65_HS1-834228961_62-HQ-83894_Serial_438
Agency: FBI
Page 38
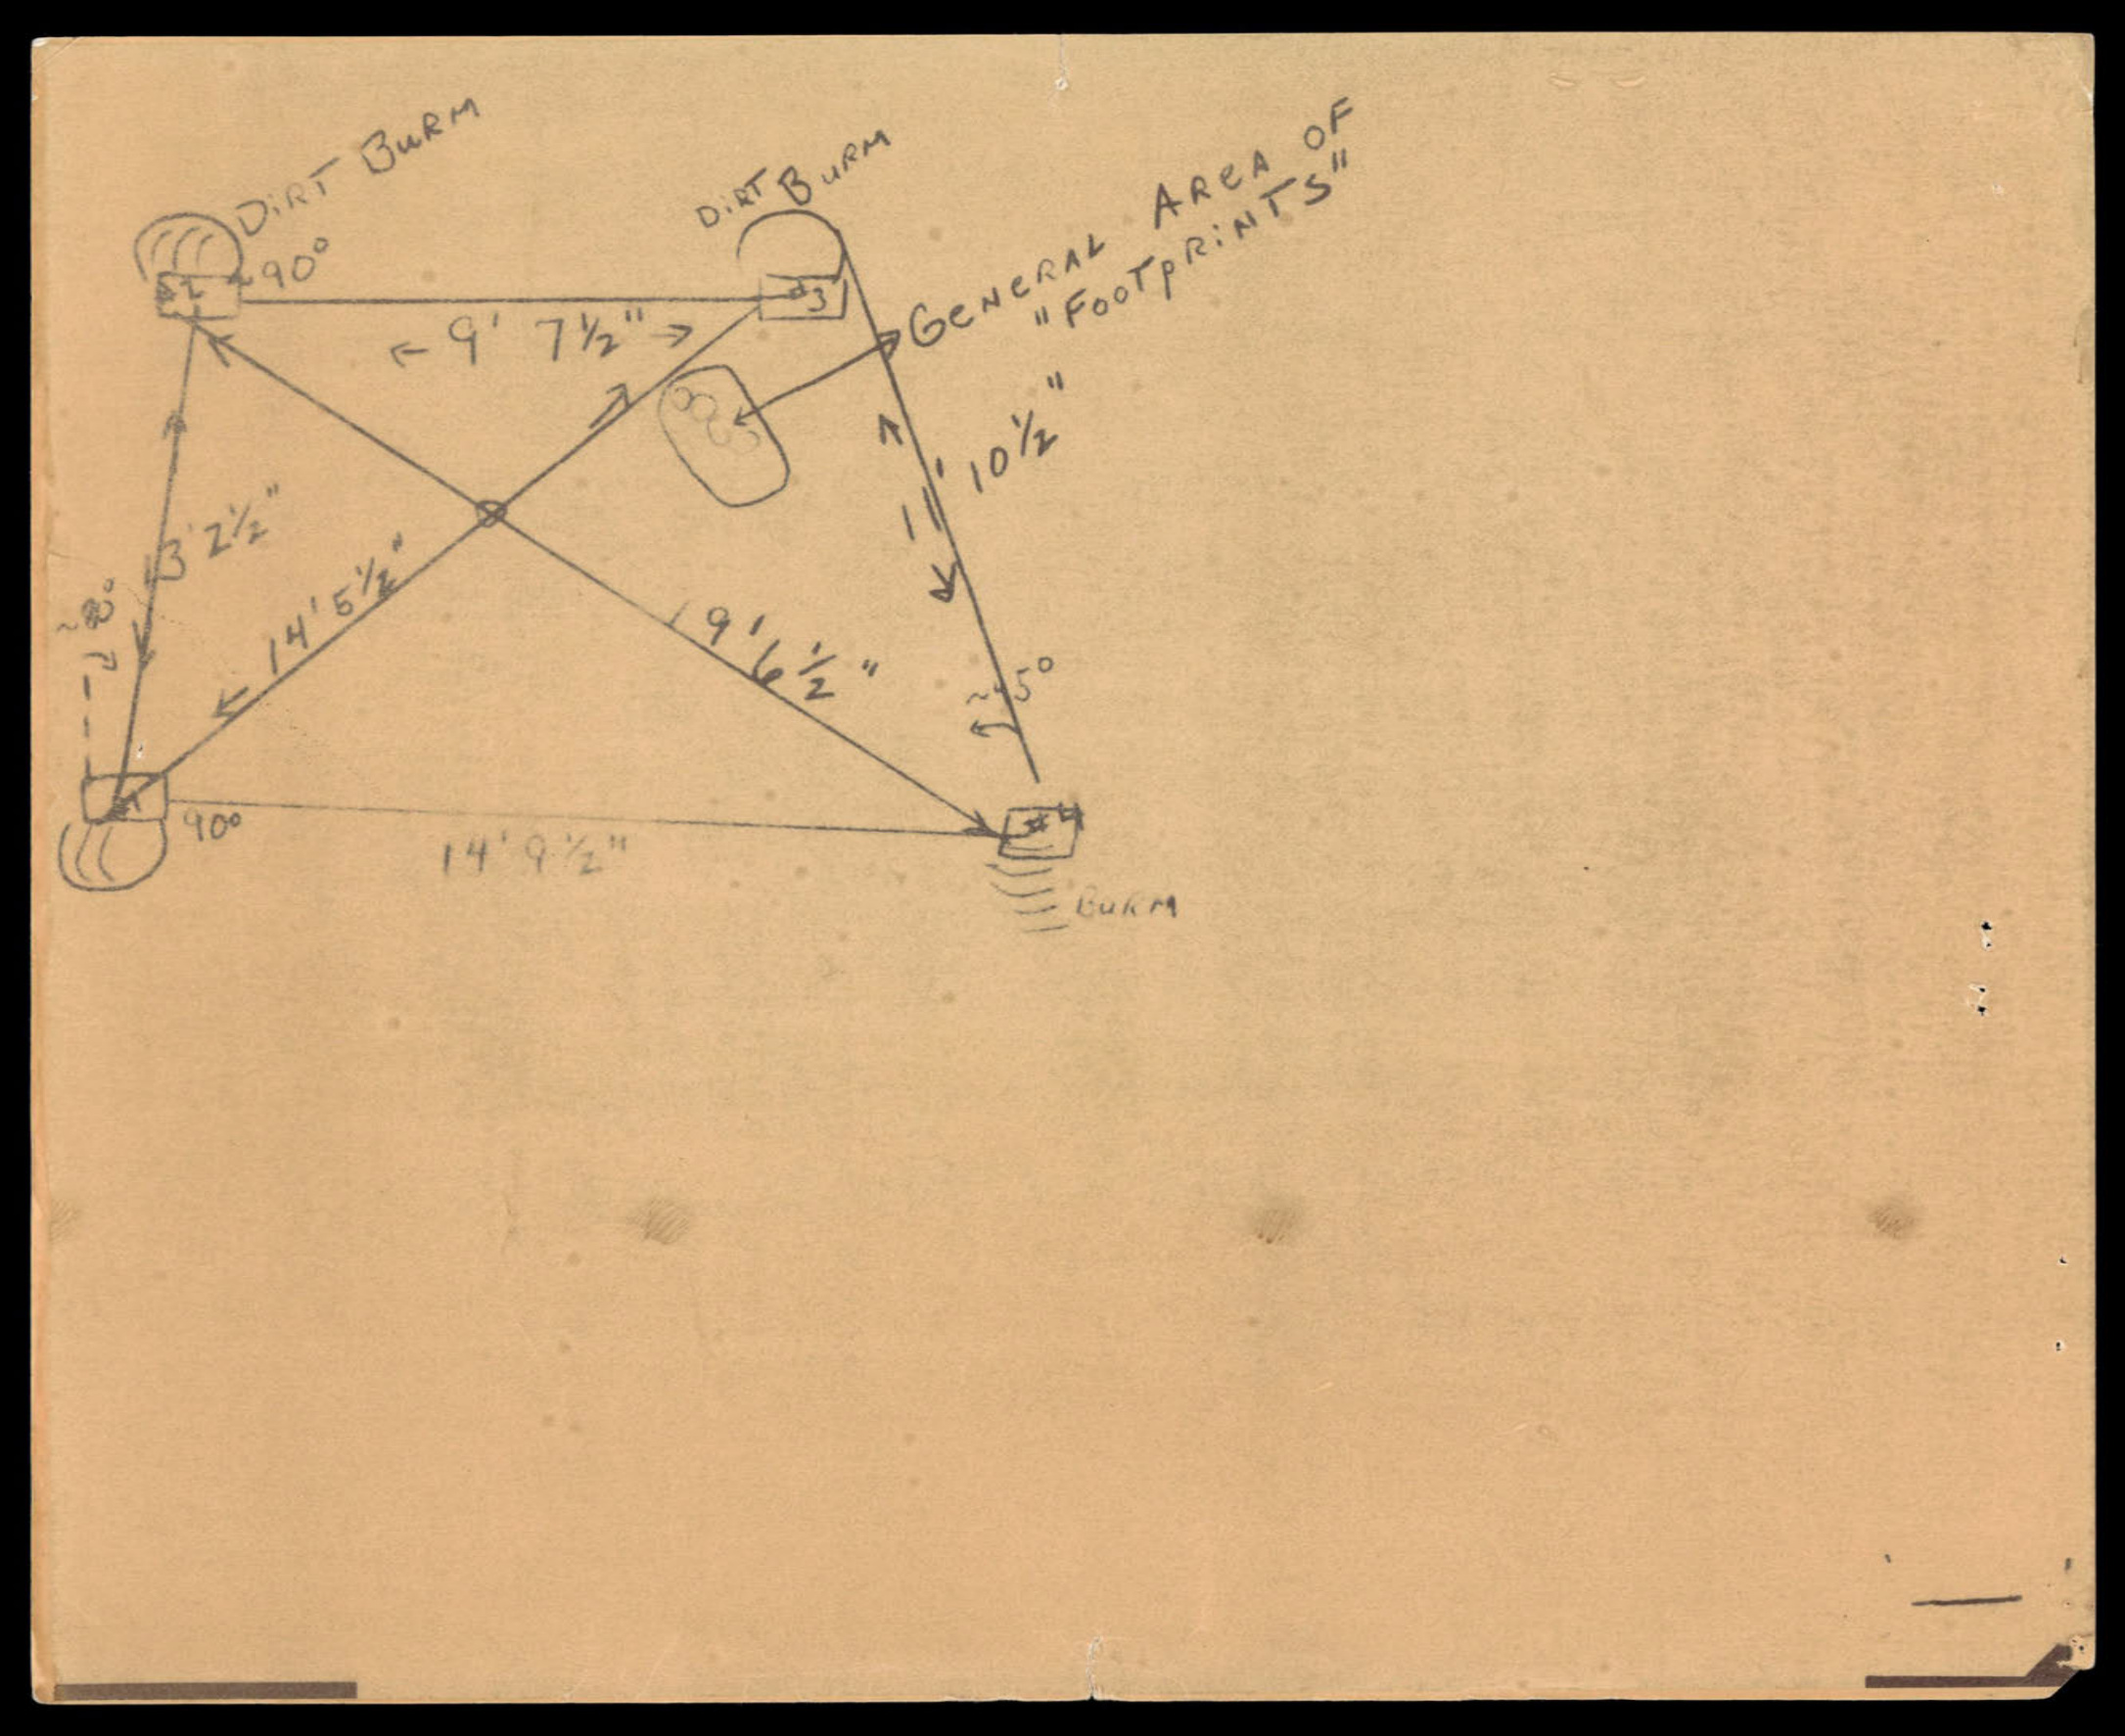